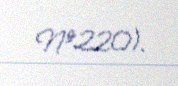
№220).